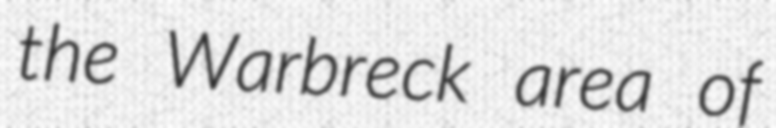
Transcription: the Warbreck area of